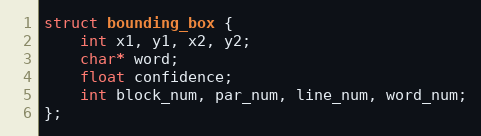
Language: C
struct bounding_box {
    int x1, y1, x2, y2;
    char* word;
    float confidence;
    int block_num, par_num, line_num, word_num;
};